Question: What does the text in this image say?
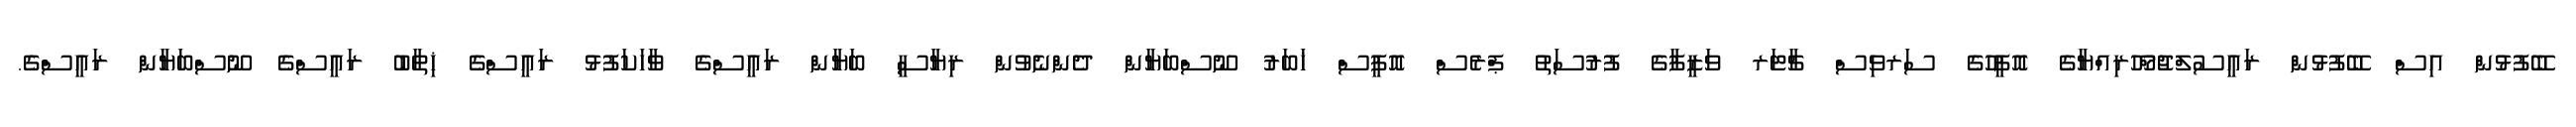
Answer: ބޭފުޅުން އިސް ބޭފުޅުން ރައީސުލްޖުމްހޫރިއްޔާގެ އޮފީހުގެ ސަރވިސް ޗާޓަރ ވަޒީފާގެ ފުރުސަތު ޕްރެސް އޮފީސް ޚަބަރު ނޫސްބަޔާން ދެންނެވުން ރިޔާސީ ބަޔާން ރައީސްގެ ވާހަކަފުޅު ރައީސްގެ ޚިތާބު ރައީސްގެ ނޫސްބަޔާން ރައީސްގެ.